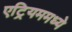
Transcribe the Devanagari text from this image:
एट्रियममध्ये